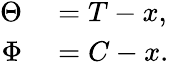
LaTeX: \begin{array}{rl}{\Theta}&{{}=T-x,}\\ {\Phi}&{{}=C-x.}\end{array}